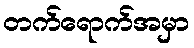
တက်ရောက်အမှာ